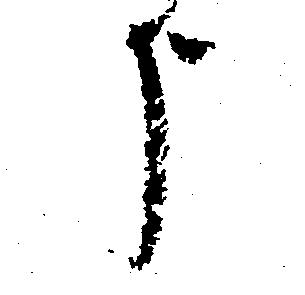
う